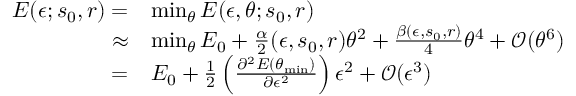
\begin{array} { r l } { E ( \epsilon ; s _ { 0 } , r ) = } & { \operatorname* { m i n } _ { \theta } E ( \epsilon , \theta ; s _ { 0 } , r ) } \\ { \approx } & { \operatorname* { m i n } _ { \theta } E _ { 0 } + \frac { \alpha } { 2 } ( \epsilon , s _ { 0 } , r ) \theta ^ { 2 } + \frac { \beta ( \epsilon , s _ { 0 } , r ) } { 4 } \theta ^ { 4 } + \mathcal { O } ( \theta ^ { 6 } ) } \\ { = } & { E _ { 0 } + \frac 1 2 \left( \frac { \partial ^ { 2 } E ( \theta _ { \mathrm { m i n } } ) } { \partial \epsilon ^ { 2 } } \right) \epsilon ^ { 2 } + \mathcal { O } ( \epsilon ^ { 3 } ) } \end{array}